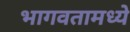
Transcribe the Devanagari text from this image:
भागवतामध्ये